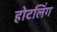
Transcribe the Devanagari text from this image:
होटलिंग